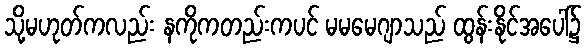
သို့မဟုတ်ကလည်း နကိုကတည်းကပင် မမမေဂျာသည် ထွန်းနိုင်အပေါ်၌